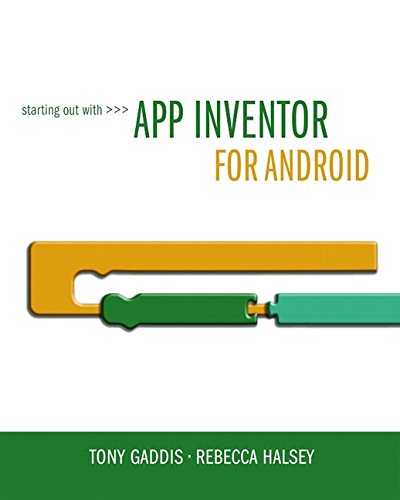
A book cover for Starting Out With App Inventor for Android; Tony Gaddis; Computers & Technology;